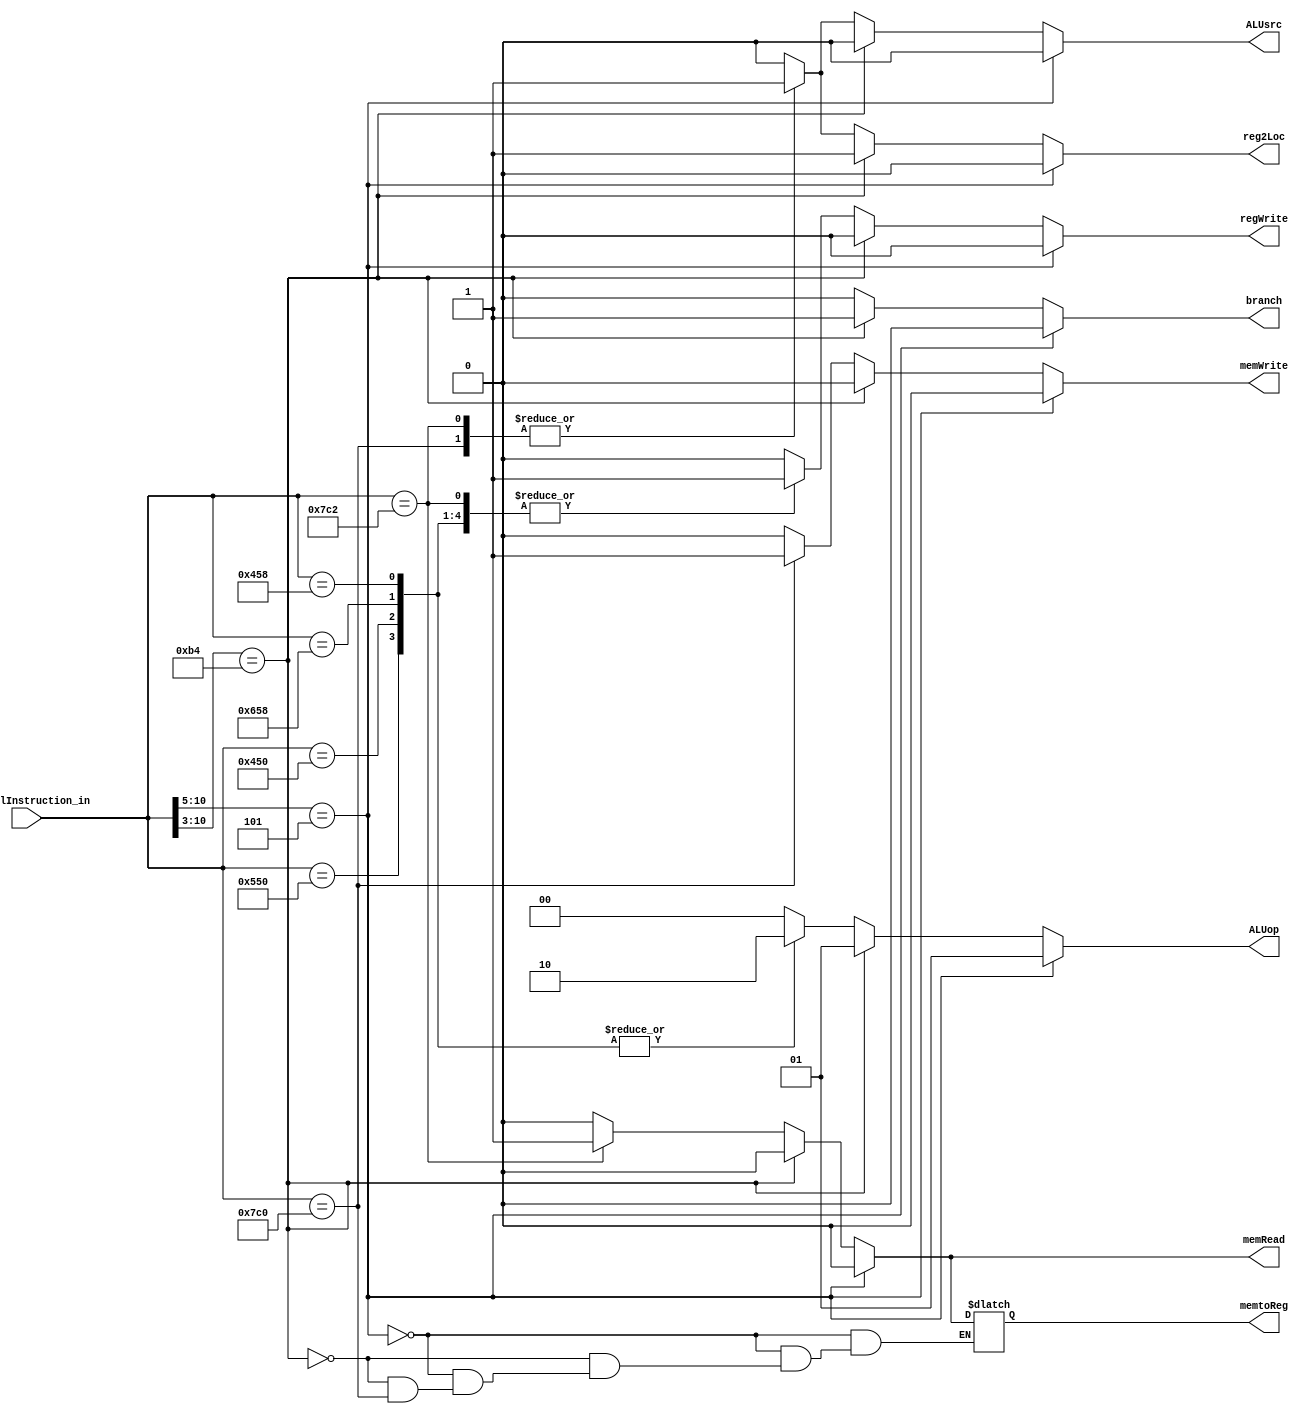
module ControlUnit(
	input [10:0] controlInstruction_in,
	output reg reg2Loc,
	output reg ALUsrc,
	output reg memtoReg,
	output reg regWrite,
	output reg memRead,
	output reg memWrite,
	output reg branch,
	output reg [1:0] ALUop
);

	always @(*) begin
		if (controlInstruction_in[10:5] == 6'b000101) begin // Control bits for B
			reg2Loc = 0;
			ALUsrc = 0;
			memtoReg = 0;
			regWrite = 0;
			memRead = 0;
			memWrite = 0;
			branch = 0;
			ALUop = 01;

		end else if (controlInstruction_in[10:3] == 8'b10110100) begin // Control bits for CBZ
			reg2Loc = 1;
			ALUsrc = 0;
			memtoReg = 0;
			regWrite = 0;
			memRead = 0;
			memWrite = 0;
			branch = 1;
			ALUop = 01;

		end else case(controlInstruction_in)	
			'b11111000010: begin             //Load
				reg2Loc = 1;
				ALUsrc = 1;
				memtoReg = 1;
				regWrite = 1;
				memRead = 1;
				memWrite = 0;
				branch = 0;
				ALUop = 00;
			end
			'b11111000000: begin	            //Store
				reg2Loc = 1;
				ALUsrc = 1;
				regWrite = 0;
				memRead = 0;
				memWrite = 1;
				branch = 0;
				ALUop = 00;
			end
			'b10001011000,
			'b11001011000,
			'b10001010000,
			'b10101010000: begin               //R-Type (ADD, SUB, AND, ORR)
				reg2Loc = 0;
				ALUsrc = 0;
				memtoReg = 0;
				regWrite = 1;
				memRead = 0;
				memWrite = 0;
				branch = 0;
				ALUop = 10;
			end

			default: begin
				reg2Loc = 1'h0;
				ALUsrc = 1'h0;
				memtoReg = 1'h0;
				regWrite = 1'h0;
				memRead = 1'h0;
				memWrite = 1'h0;
				branch = 1'h0;
				ALUop = 2'h0;
			end
		endcase
	end
endmodule